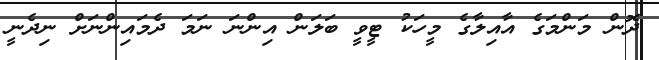
ދޮން މަންމަގެ އާއިލާގެ މީހަކު ޓީވީ ބަލަން އިންނަ ނަމަ ދެމައިންނަށް ނިދެނީ